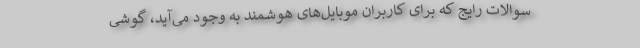
سوالات رایج که برای کاربران موبایل‌های هوشمند به وجود می‌آید، گوشی